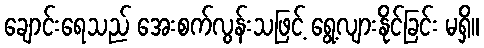
ချောင်းရေသည် အေးစက်လွန်းသဖြင့် ရွေ့လျားနိုင်ခြင်း မရှိ။